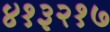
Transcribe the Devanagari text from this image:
४१३२१७